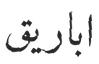
اباريق